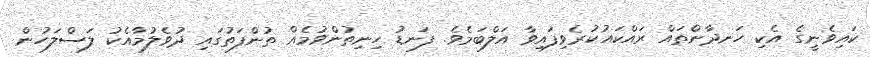
ކައިވެނީގެ އެކި ހަނދާންތައް ރައްކައުކުރެވިފައިވާ އަލްބަމެވެ. ފަނޑު ހިނިތުންވުމެއް ތުންފަތުގައި ދުވެލުމާއެކު ލަސްލަހުން